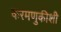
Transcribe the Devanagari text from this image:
करमणुकीशी